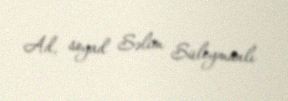
Ad, soyad Səlim Süleymanlı